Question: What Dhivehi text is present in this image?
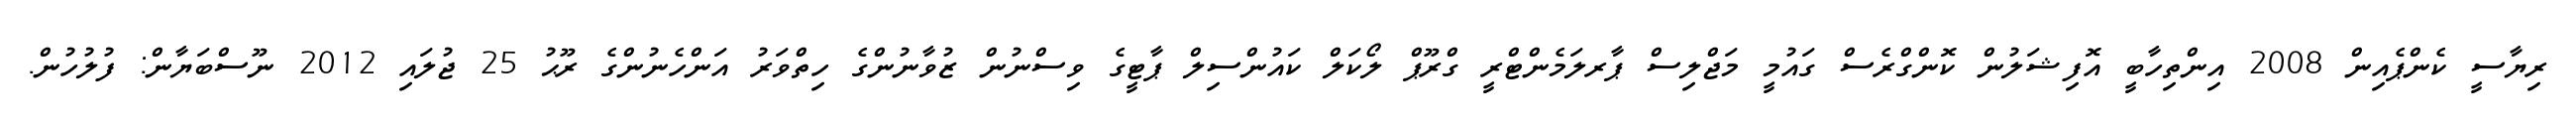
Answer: ރިޔާސީ ކެންޕެއިން 2008 އިންތިހާބީ އޮފިޝަލުން ކޮންގްރެސް ގައުމީ މަޖްލިސް ޕާރލަމެންޓްރީ ގްރޫޕް ލޯކަލް ކައުންސިލް ޕާޓީގެ ވިސްނުން ޒުވާނުންގެ ހިތްވަރު އަންހެނުންގެ ރޫޙު 25 ޖުލައި 2012 ނޫސްބަޔާން: ފުލުހުން.